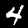
Digit: 4